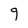
Character: 9